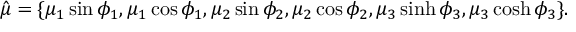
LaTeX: \hat { \mu } = \{ \mu _ { 1 } \sin \phi _ { 1 } , \mu _ { 1 } \cos \phi _ { 1 } , \mu _ { 2 } \sin \phi _ { 2 } , \mu _ { 2 } \cos \phi _ { 2 } , \mu _ { 3 } \sinh \phi _ { 3 } , \mu _ { 3 } \cosh \phi _ { 3 } \} .